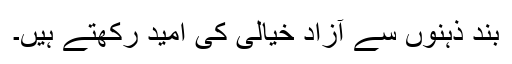
بند ذہنوں سے آزاد خیالی کی امید رکھتے ہیں۔